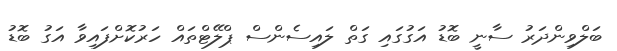
ބަލްވިންދަރު ސާނީ ބޮޑު އަގުގައި ގަތް ލައިސެންސް ޕްލޭޓްތައް ހަރުކޮށްފައިވާ އަގު ބޮޑު